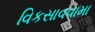
વિકસાવવામા